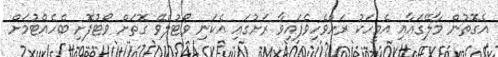
އެގޮތުން މާލޭގައާއި އެމީހަކު ރަށްވެހިވެފައިވާ ރަށުގައި އެކަނި ވޯޓުލެވޭ ގޮތަށް ވޯޓުފޮށި ބެހެއްޓުމަށް